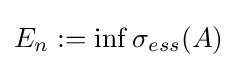
E_{n}:=\inf \sigma _{ess}(A)